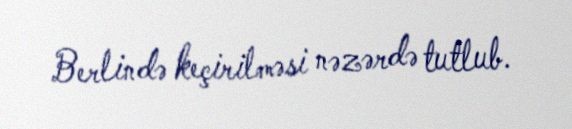
Berlində keçirilməsi nəzərdə tutlub.